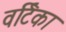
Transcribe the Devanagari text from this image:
वर्टिका